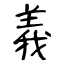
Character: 義